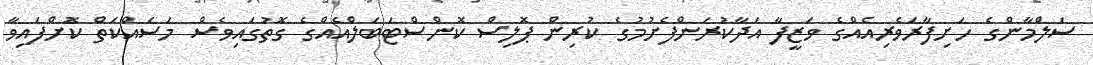
ސަލްމާންގެ ހަށިފާރަވެރިއެއްގެ ވަޒީފާ އަދާކުރަންފެށުމުގެ ކުރިން ޕޮލިސް ކޮންސްޓަބަލްއެއްގެ ގޮތުގައިވެސް މަސައްކަތް ކޮށްފައިވާ